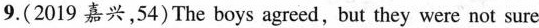
(2019 嘉兴,54)The boys agreed,but they were not sure